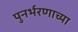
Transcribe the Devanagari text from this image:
पुनर्भरणाच्या